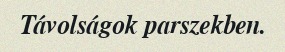
Távolságok parszekben.